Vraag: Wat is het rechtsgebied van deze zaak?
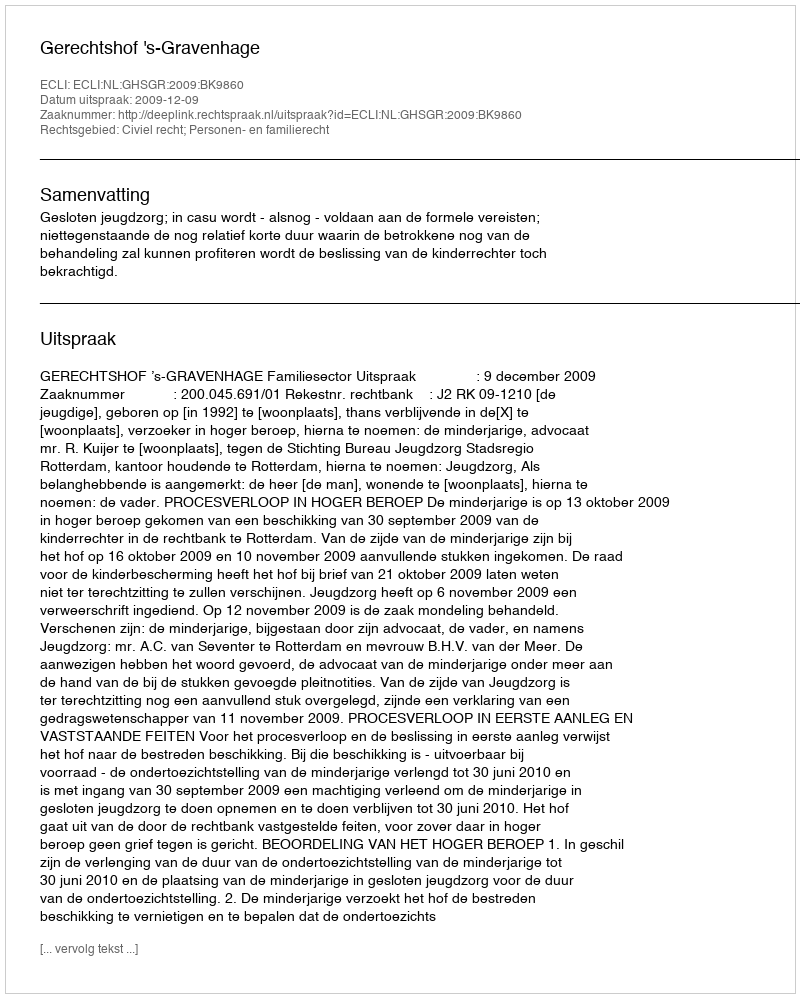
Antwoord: Civiel recht; Personen- en familierecht